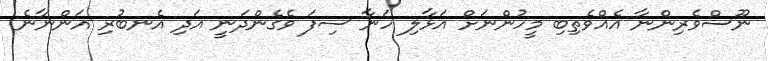
ނޫސްވެރިންނާ އެއްވެތިބި މީހުންނަށް އަޅާލި ހަނާ ސިފަ ވެގެންދަނީ އަދި އެނބުރި އަންނާނެ